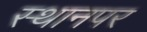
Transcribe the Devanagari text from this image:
स्‍थानपर